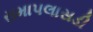
રામાપલાસડી